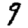
Digit: 9